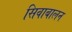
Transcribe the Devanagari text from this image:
सिवाबालन